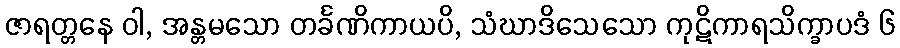
ဇာရတ္တနေ ဝါ, အန္တမသော တင်္ခဏိကာယပိ, သံဃာဒိသေသော ကုဋိကာရသိက္ခာပဒံ ၆